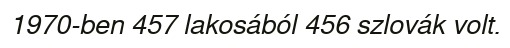
1970-ben 457 lakosából 456 szlovák volt.